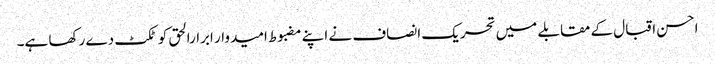
احسن اقبال کے مقابلے میں تحریک انصاف نے اپنے مضبوط امیدوار ابرارالحق کو ٹکٹ دے رکھا ہے۔